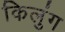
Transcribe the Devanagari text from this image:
किलुंग